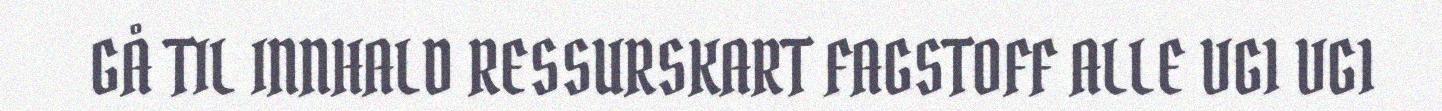
GÅ TIL INNHALD RESSURSKART FAGSTOFF ALLE VG1 VG1